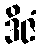
ဒိဇံ